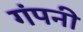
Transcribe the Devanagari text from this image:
गंपनी